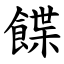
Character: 䭎